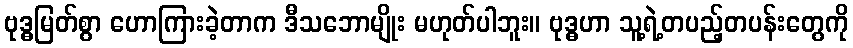
ဗုဒ္ဓမြတ်စွာ ဟောကြားခဲ့တာက ဒီသဘောမျိုး မဟုတ်ပါဘူး။ ဗုဒ္ဓဟာ သူ့ရဲ့တပည့်တပန်းတွေကို